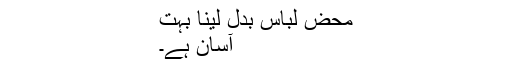
محض لباس بدل لینا بہت
آسان ہے۔